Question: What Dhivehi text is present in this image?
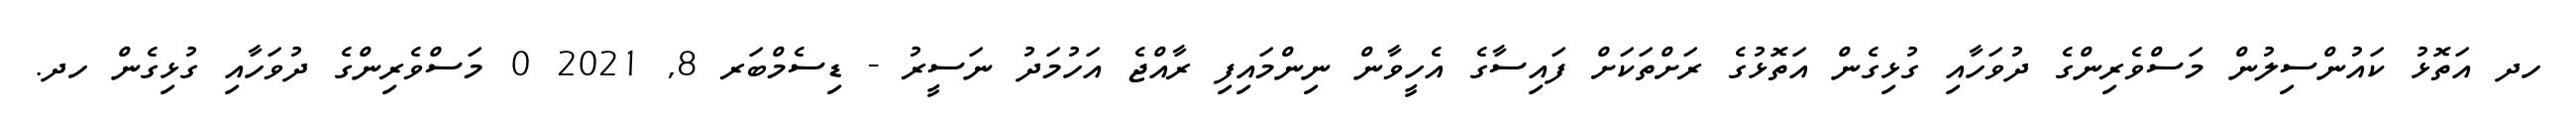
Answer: ހދ އަތޮޅު ކައުންސިލުން މަސްވެރިންގެ ދުވަހާއި ގުޅިގެން އަތޮޅުގެ ރަށްތަކަށް ފައިސާގެ އެހީވާން ނިންމައިފި ރާއްޖެ އަހުމަދު ނަސީރު - ޑިސެމްބަރ 8, 2021 0 މަސްވެރިންގެ ދުވަހާއި ގުޅިގެން ހދ.